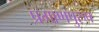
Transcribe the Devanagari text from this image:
प्रमाणपुरुष